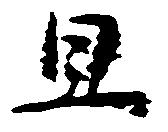
且